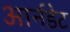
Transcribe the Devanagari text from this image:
आर्नडेट